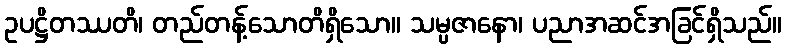
ဥပဋ္ဌိတဿတိ၊ တည်တန့်သောတိရှိသော။ သမ္ပဇာနော၊ ပညာအဆင်အခြင်ရှိသည်။